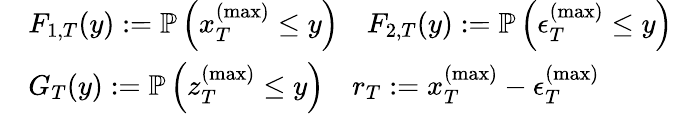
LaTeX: \begin{array}{rl}&{F_{1,T}(y):=\mathbb{P}\left(x_{T}^{(\operatorname*{max})}\leq y\right)\quad F_{2,T}(y):=\mathbb{P}\left(\epsilon_{T}^{(\operatorname*{max})}\leq y\right)}\\ &{G_{T}(y):=\mathbb{P}\left(z_{T}^{(\operatorname*{max})}\leq y\right)\quad r_{T}:=x_{T}^{(\operatorname*{max})}-\epsilon_{T}^{(\operatorname*{max})}}\end{array}